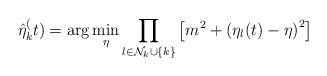
LaTeX: \begin{align*} \hat{\eta}_k^(t) =\mathrm{arg}\min_{\eta }\prod _{{l\in\mathcal{N}_k\cup\{k\}}} \left [ m^{2}+\left ( \eta_l(t)-\eta \right )^{2} \right ] \end{align*}